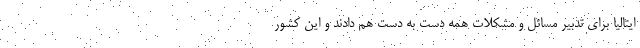
ایتالیا برای تدبیر مسائل و مشکلات همه دست به دست هم دادند و این کشور